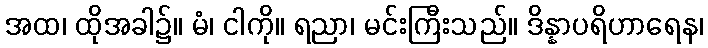
အထ၊ ထိုအခါ၌။ မံ၊ ငါကို။ ရညာ၊ မင်းကြီးသည်။ ဒိန္နာပရိဟာရေန၊